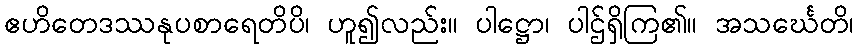
ဧဟိတေဒဿနုပစာရေတိပိ၊ ဟူ၍လည်း။ ပါဋ္ဌော၊ ပါဌ်ရှိကြ၏။ အသင်္ဃေတိ၊